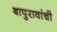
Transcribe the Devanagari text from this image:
बापुरावांची